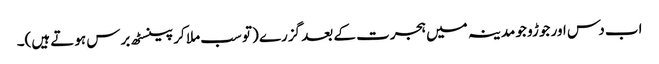
اب دس اور جوڑو جو مدینہ میں ہجرت کے بعد گزرے (تو سب ملا کر پینسٹھ برس ہوتے ہیں)۔